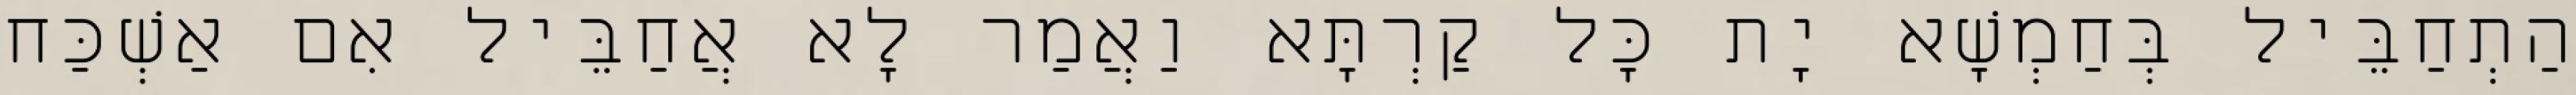
הַתְחַבֵּיל בְּחַמְשָׁא יָת כָּל קַרְתָּא וַאֲמַר לָא אֲחַבֵּיל אִם אַשְׁכַּח